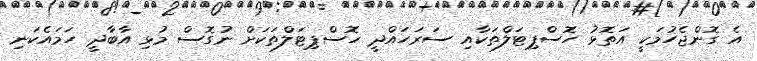
އެ ގޮންޖެހުމަކީ އަތޮޅު ހޮސްޕިޓަލްތަކާއި ސަރަހައްދީ ހޮސްޕިޓަލްތަކަށް ނުގޮސް މުޅި އާބާދީ ހަމައެކަނި